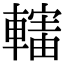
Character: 𨎜